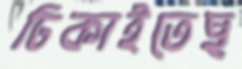
ঢিকাইতেছ